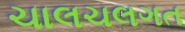
ચાલચલગત